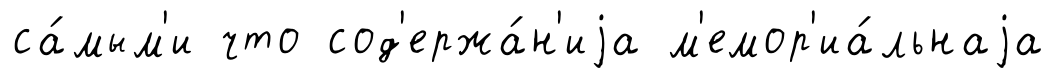
са́мым'и что сод'ержа́н'иjа м'емор'иа́льнаjа